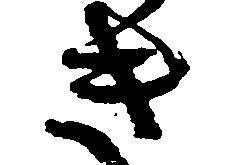
き